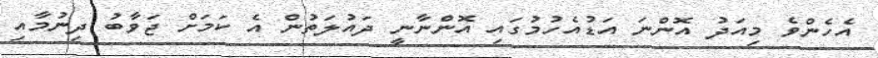
އެހެންވެ މިއަދު އޮންނަ އަޑުއެހުމުގައި އޮންނާނީ ދައުލަތުން އެ ކަމަށް ޖަވާބު ދިނުމާއި